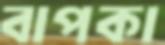
বাপকা